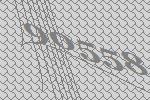
90558